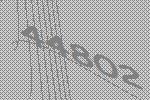
44802